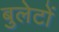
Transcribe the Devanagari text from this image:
बुलेटों